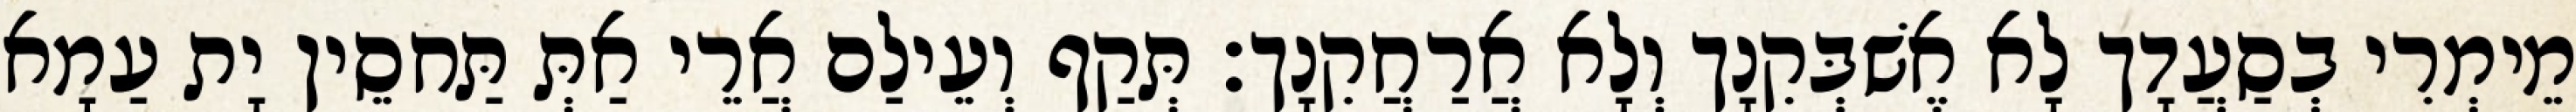
מֵימְרִי בְסַעֲדָך לָא אֶשׁבְּקִנָך וְלָא אֲרַחֲקִנָך׃ תְּקַף וְעֵילַם אֲרֵי אַתְּ תַּחסֵין יָת עַמָא